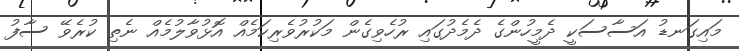
މައިގަނޑު އަސާސަކީ ދެމީހުންގެ ދެމެދުގައި ރުހެވިގެން މަކުރުވެރިކަމެއް އޮޅުވާލުމެއް ނެތި ކުރެވޭ ސާފު